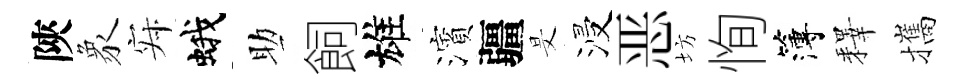
陝象寂蛾助飼雄濱疆旻浸恶坊恂簿釋攜